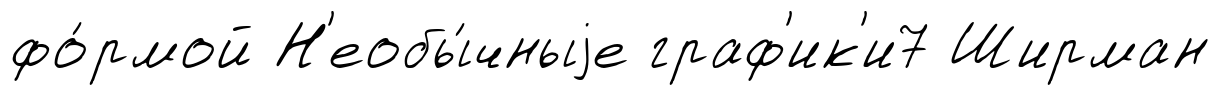
фо́рмой Н'еобы́чныjе граф'ик'и7 Ширман